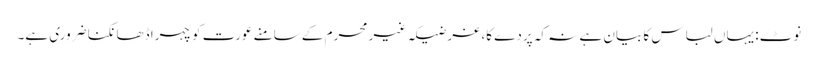
نوٹ: یہاں لباس کا بیان ہے نہ کہ پردے کا، غرضیکہ غیر محرم کے سامنے عورت کو چہرا ڈھانکنا ضروری ہے۔